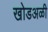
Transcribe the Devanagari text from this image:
खोडअळी